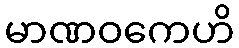
မာဏဝကေဟိ